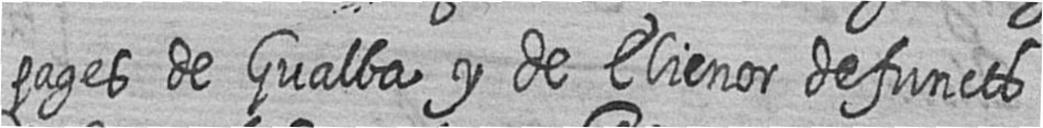
pages de Gualba y de Elienor defuncts